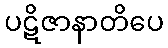
ပဋိဇာနာတိပေ